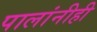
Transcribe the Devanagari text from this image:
पालांनीही